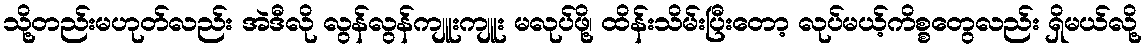
သို့တည်းမဟုတ်လည်း အဲဒီလို လွန်လွန်ကျူးကျူး မလုပ်ဖို့၊ ထိန်းသိမ်းပြီးတော့ လုပ်မယ့်ကိစ္စတွေလည်း ရှိမယ်လို့